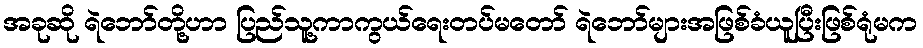
အခုဆို ရဲဘော်တို့ဟာ ပြည်သူ့ကာကွယ်ရေးတပ်မတော် ရဲဘော်များအဖြစ်ခံယူပြီးဖြစ်ရုံမက